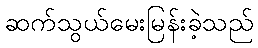
ဆက်သွယ်မေးမြန်းခဲ့သည်